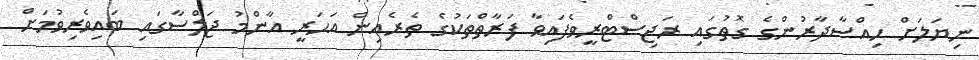
ނިޔަލަށް ހިއްސާދާރުންގެ ގޮތުގައި ރަޖިސްޓްރީވެފައިވާ ފަރާތްތަކުގެ ތެރެއިން އަހަރީ އާންމު ޖަލްސާގައި ބައިވެރިވުމަށް